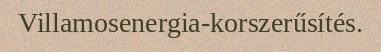
Villamosenergia-korszerűsítés.